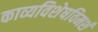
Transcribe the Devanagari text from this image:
काव्यविशेषविमर्श